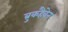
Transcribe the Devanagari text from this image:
ब्रुकहैवेन